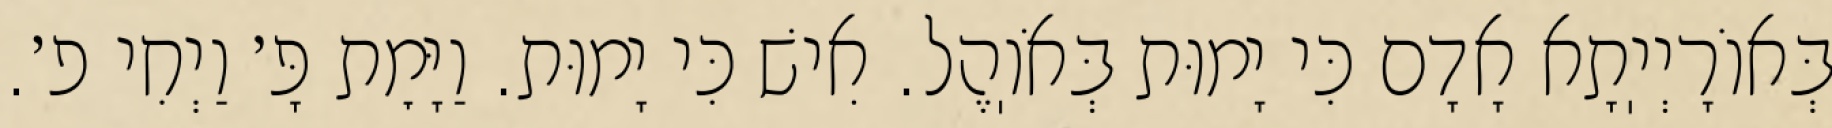
בְּאוֹרָיְיֽתָא אָדָם כִּי יָמוּת בְּאֹוֽהֶל. אִישׁ כִּי יָמוּת. וַיָּמׇת פָּ׳ וַיְחִי פ׳.